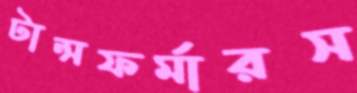
টান্সফর্মারস